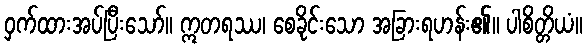
ဝှက်ထားအပ်ပြီးသော်။ ဣတရဿ၊ စေခိုင်းသော အခြားရဟန်း၏။ ပါစိတ္တိယံ။